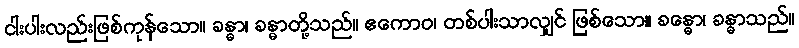
ငါးပါးလည်းဖြစ်ကုန်သော။ ခန္ဓာ၊ ခန္ဓာတို့သည်။ ဧကောဝ၊ တစ်ပါးသာလျှင် ဖြစ်သော။ ခန္ဓော၊ ခန္ဓာသည်။